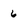
Character: 6